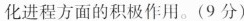
化进程方面的积极作用。(9分)